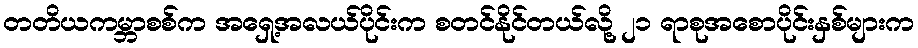
တတိယကမ္ဘာစစ်က အရှေ့အလယ်ပိုင်းက စတင်နိုင်တယ်လို့ ၂၁ ရာစုအစောပိုင်းနှစ်များက